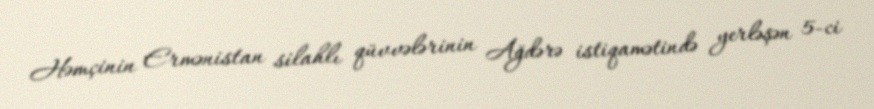
Həmçinin Ermənistan silahlı qüvvələrinin Ağdərə istiqamətində yerləşən 5-ci